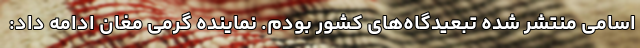
اسامی منتشر شده تبعیدگاه‌های کشور بودم. نماینده گرمی مغان ادامه داد: